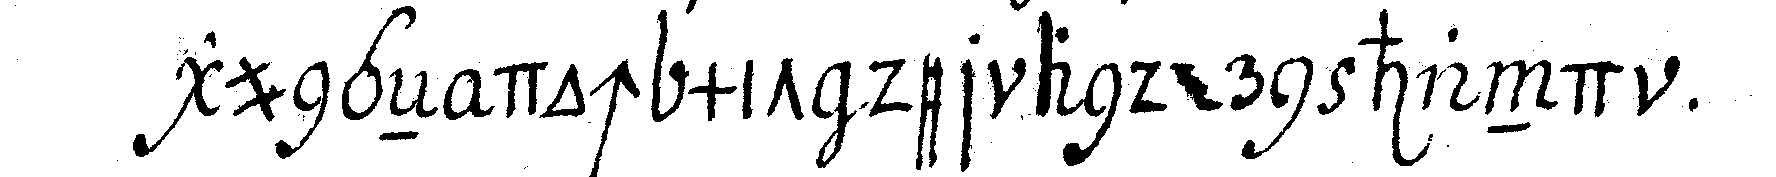
gungeN doch mit der andern hand .